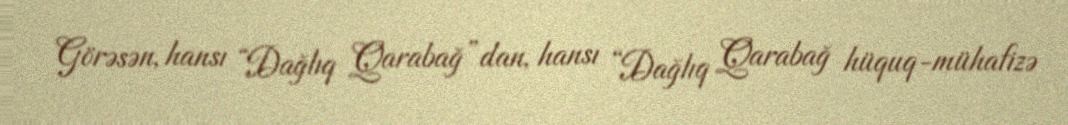
Görəsən, hansı “Dağlıq Qarabağ”dan, hansı “Dağlıq Qarabağ hüquq-mühafizə